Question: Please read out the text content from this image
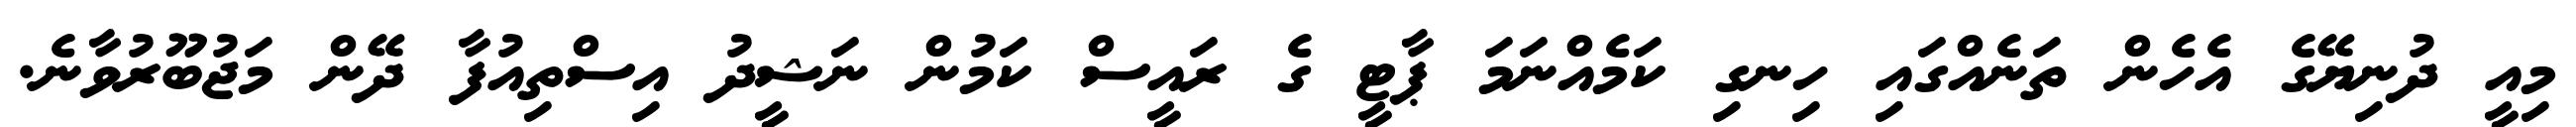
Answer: މިއީ ދުނިޔޭގެ އެހެން ތަނެއްގައި ހިނގި ކަމެއްނަމަ ޕާޓީ ގެ ރައީސް ކަމުން ނަޝީދު އިސްތިއުފާ ދޭން މަޖުބޫރުވާނެ.